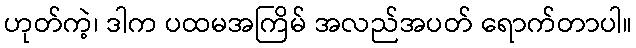
ဟုတ်ကဲ့၊ ဒါက ပထမအကြိမ် အလည်အပတ် ရောက်တာပါ။